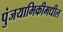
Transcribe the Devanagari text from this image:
पुंजयामिकीमधील